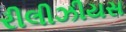
રીલીઝીયસ